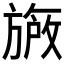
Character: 𬀐